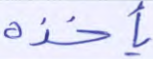
يأخذه